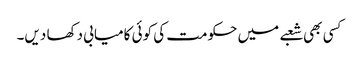
کسی بھی شعبے میں حکومت کی کوئی کامیابی دکھا دیں۔